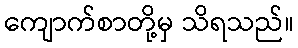
ကျောက်စာတို့မှ သိရသည်။